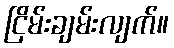
ငြိမ်းချမ်းလျက်။